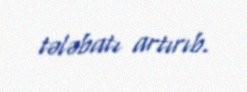
tələbatı artırıb.